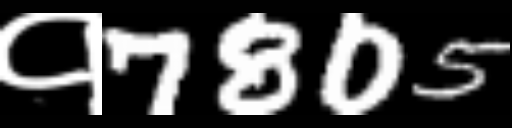
Text: १7805